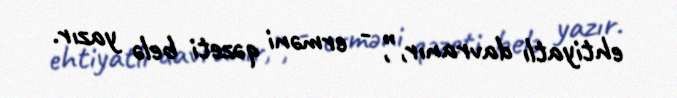
ehtiyatlı davranır,”, - erməni qəzeti belə yazır.